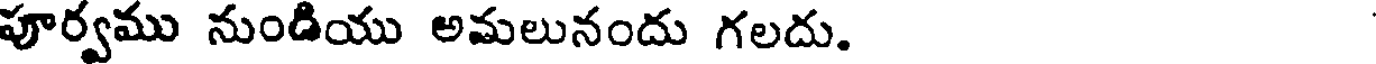
పూర్వము నుండియు అమలునందు గలదు.